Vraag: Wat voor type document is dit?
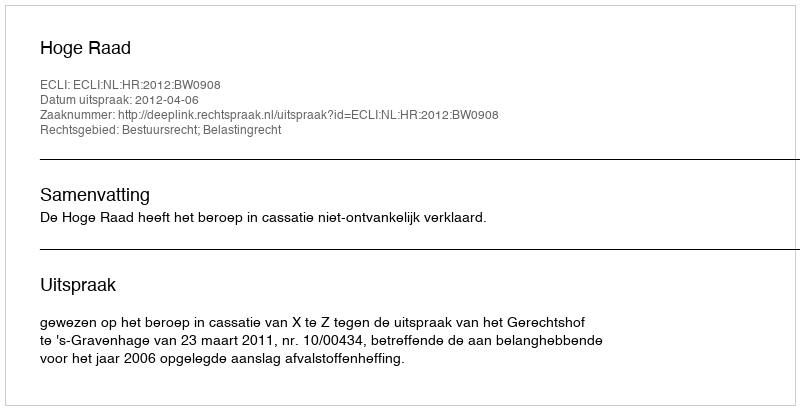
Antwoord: Uitspraak